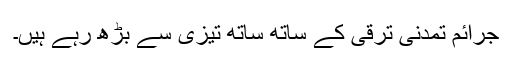
جرائم تمدنی ترقی کے ساتھ ساتھ تیزی سے بڑھ رہے ہیں۔